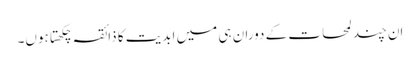
اِن چند لمحات کے دوران ہی میں ابدیت کا ذائقہ چکھتا ہوں۔